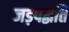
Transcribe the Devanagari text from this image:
जड़पद्धति